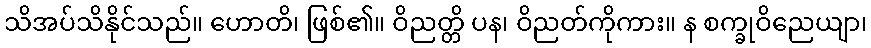
သိအပ်သိနိုင်သည်။ ဟောတိ၊ ဖြစ်၏။ ဝိညတ္တိ ပန၊ ဝိညတ်ကိုကား။ န စက္ခုဝိညေယျာ၊